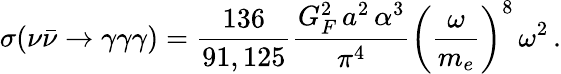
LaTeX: \sigma(\nu\bar{\nu}\rightarrow\gamma\gamma\gamma)=\frac{136}{91,125}\frac{G_{F}^{2}\, a^{2}\, \alpha^{3}}{\pi^{4}}\left(\frac{\omega}{m_{e}}\right)^{8}\, \omega^{2}\, .